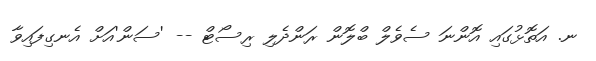
ނ. އަތޮޅުގައި އޮންނަ ސެވެލް ބްލޮން ރަންދެލި ރިސޯޓް -- 'ސަން'އަށް އެނގިފައިވާ